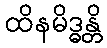
ထိနမိဒ္ဓန္တိ